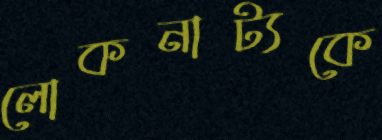
লোকনাট্যকে